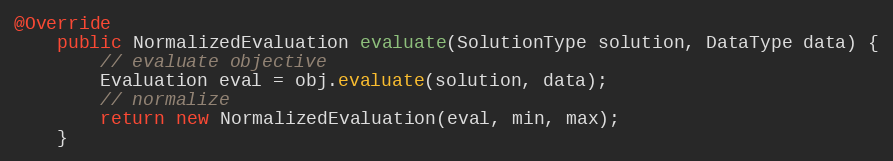
Language: Java
@Override
    public NormalizedEvaluation evaluate(SolutionType solution, DataType data) {
        // evaluate objective
        Evaluation eval = obj.evaluate(solution, data);
        // normalize
        return new NormalizedEvaluation(eval, min, max);
    }